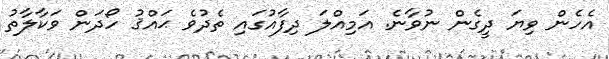
އެހެން ވިޔަ ދީގެން ނުވާނެ. އަމިއްލަ ދިފާއުގައި ތެދުވެ ޙައްޤު ހޯދަން ވަކާލާތު